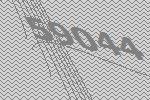
59044